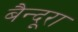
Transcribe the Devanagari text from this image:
बैन्दूरा